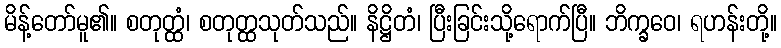
မိန့်တော်မူ၏။ စတုတ္ထံ၊ စတုတ္ထသုတ်သည်။ နိဋ္ဌိတံ၊ ပြီးခြင်းသို့ရောက်ပြီ။ ဘိက္ခဝေ၊ ရဟန်းတို့။